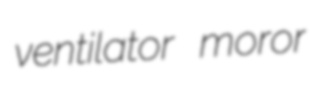
ventilator moror